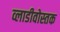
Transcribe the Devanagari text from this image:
व्लाडीवोस्तक